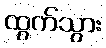
ထွက်သွား